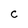
Character: c